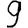
Digit: 9